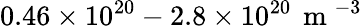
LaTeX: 0.46\times 10^{20}-2.8\times 10^{20}\, \mathrm{~m~}^{-3}